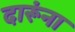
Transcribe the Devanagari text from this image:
दारूंना